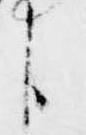
臣